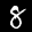
Label: 8